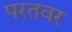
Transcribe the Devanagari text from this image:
परतवर